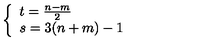
\left\{ \begin{array} { l l } { t = \frac { n - m } { 2 } } \\ { s = 3 ( n + m ) - 1 } \\ \end{array} \right.